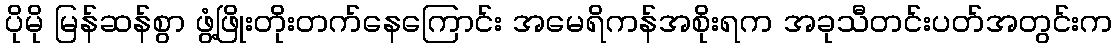
ပိုမို မြန်ဆန်စွာ ဖွံ့ဖြိုးတိုးတက်နေကြောင်း အမေရိကန်အစိုးရက အခုသီတင်းပတ်အတွင်းက